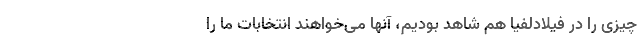
چیزی را در فیلادلفیا هم شاهد بودیم، آنها می‌خواهند انتخابات ما را